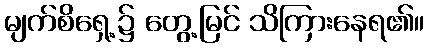
မျက်စိရှေ့၌ တွေ့မြင် သိကြားနေရ၏။